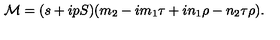
{ \cal M } = ( s + i p S ) ( m _ { 2 } - i m _ { 1 } \tau + i n _ { 1 } \rho - n _ { 2 } \tau \rho ) .